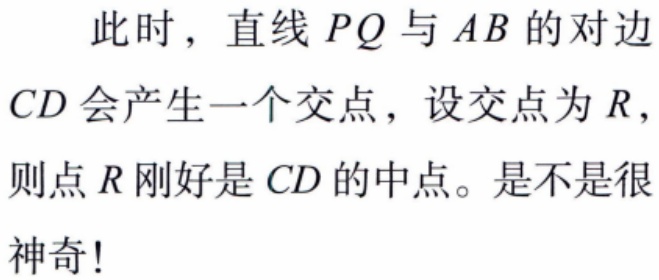
此时，直线 \(PQ\) 与 \(AB\) 的对边
\(CD\) 会产生一个交点，设交点为 \(R\)，
则点 \(R\) 刚好是 \(CD\) 的中点。是不是很
神奇！